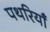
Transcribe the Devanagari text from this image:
पथरियाँ